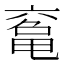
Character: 𠅾